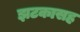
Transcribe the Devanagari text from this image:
झटकासह